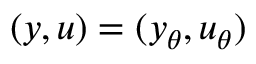
( y , u ) = ( y _ { \theta } , u _ { \theta } )